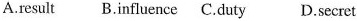
A.result B.influence C.duty D.secre